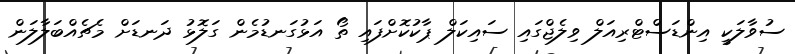
ސުވާލަކީ އިންޑަސްޓްރިއަލް ވިލެޖްގައި ސައިކަލް ޕާކުކޮށްފައި ތޯ އަޅުގަނޑުމެން ގަލޮޅު ދަނޑަށް މެޗެއްބަލާލަން